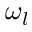
\omega _ { l }